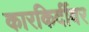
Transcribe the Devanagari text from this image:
कारकिर्दीवर